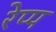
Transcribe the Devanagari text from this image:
रेप्प